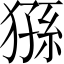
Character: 猻